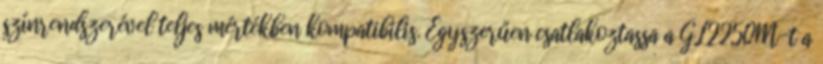
színrendszerével teljes mértékben kompatibilis. Egyszerűen csatlakoztassa a GL2250M-t a